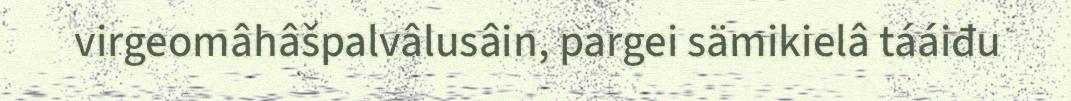
virgeomâhâšpalvâlusâin, pargei sämikielâ tááiđu